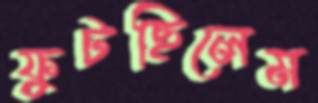
ফুটছিলেম